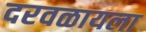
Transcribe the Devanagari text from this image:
दरवळायला